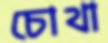
চোথা